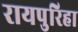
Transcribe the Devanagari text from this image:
रायपुरिहा